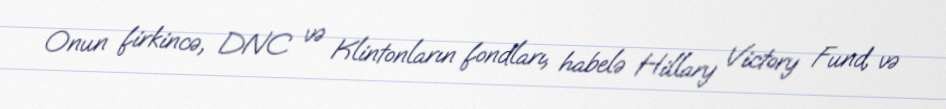
Onun firkincə, DNC və Klintonların fondları, habelə Hillary Victory Fund, və